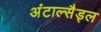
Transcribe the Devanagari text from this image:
अंटाल्सैड्ल